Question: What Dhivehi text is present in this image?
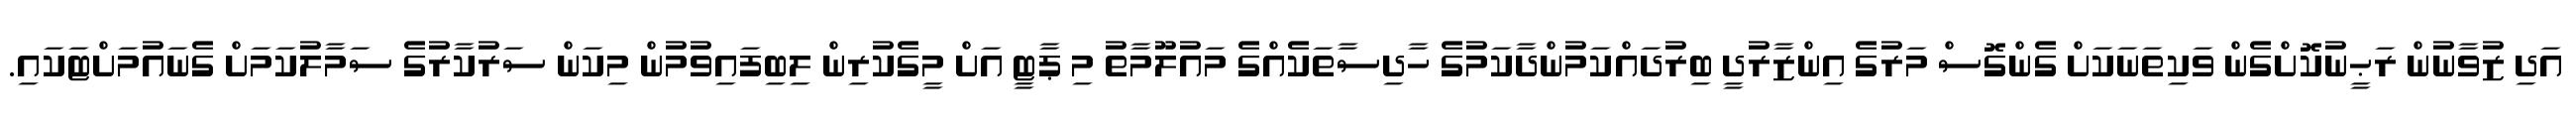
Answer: އަދި ޒުވާނުން ރަޙީނުކޮށްގެން ވަކިތަނަކަށް ގެންގޮސް މަރުގެ އިންޒާރުދީ ބިރުދައްކަމުންދާކަމުގެ ހާދިސާތަކެއްގެ މައުލޫމާތު މި ޕާޓީ އަށް މީގެކުރިން ލިބިފައިވުމުން މިކަން ސަރުކާރުގެ ސަމާލުކަމަށް ގެނައުމަށްޓަކައި.